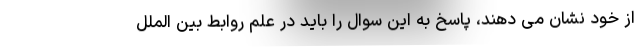
از خود نشان می دهند، پاسخ به این سوال را باید در علم روابط بین الملل